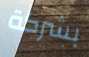
بشركة